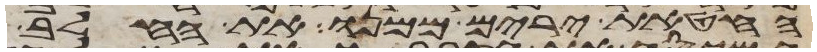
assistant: החטאת ירים ממנו את החלב